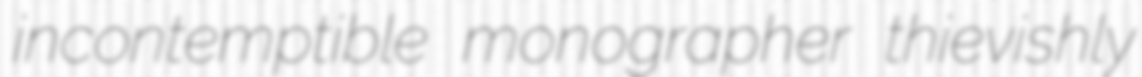
incontemptible monographer thievishly